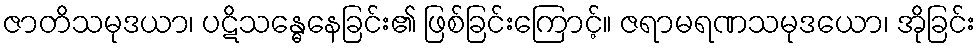
ဇာတိသမုဒယာ၊ ပဋိသန္ဓေနေခြင်း၏ ဖြစ်ခြင်းကြောင့်။ ဇရာမရဏသမုဒယော၊ အိုခြင်း